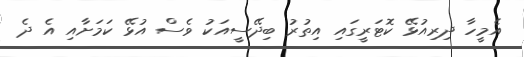
އެމީހާ ދިރިއުޅޭ ކޮޓަރީގައި އިތުރު ބިދޭސީއަކު ވެސް އުޅޭ ކަމަށާއި އެ ދެ